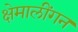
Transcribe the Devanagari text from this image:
क्षेमालींगन